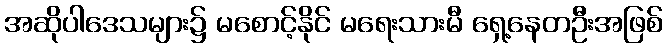
အဆိုပါဒေသများ၌ မစောင့်နိုင် မရေးသားမီ ရှေ့နေတဦးအဖြစ်